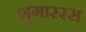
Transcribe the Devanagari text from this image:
शृगाररस